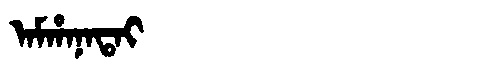
Manchu: ᠠᠮᡥᠠᠨᠠᡨᠠᡳ
Romanization: AMHANATAI